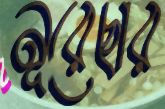
নূরেছার